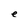
Character: e